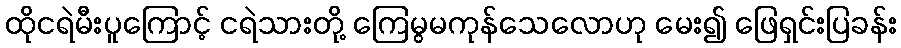
ထိုငရဲမီးပူကြောင့် ငရဲသားတို့ ကြေမွမကုန်သေလောဟု မေး၍ ဖြေရှင်းပြခန်း